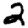
Digit: 2